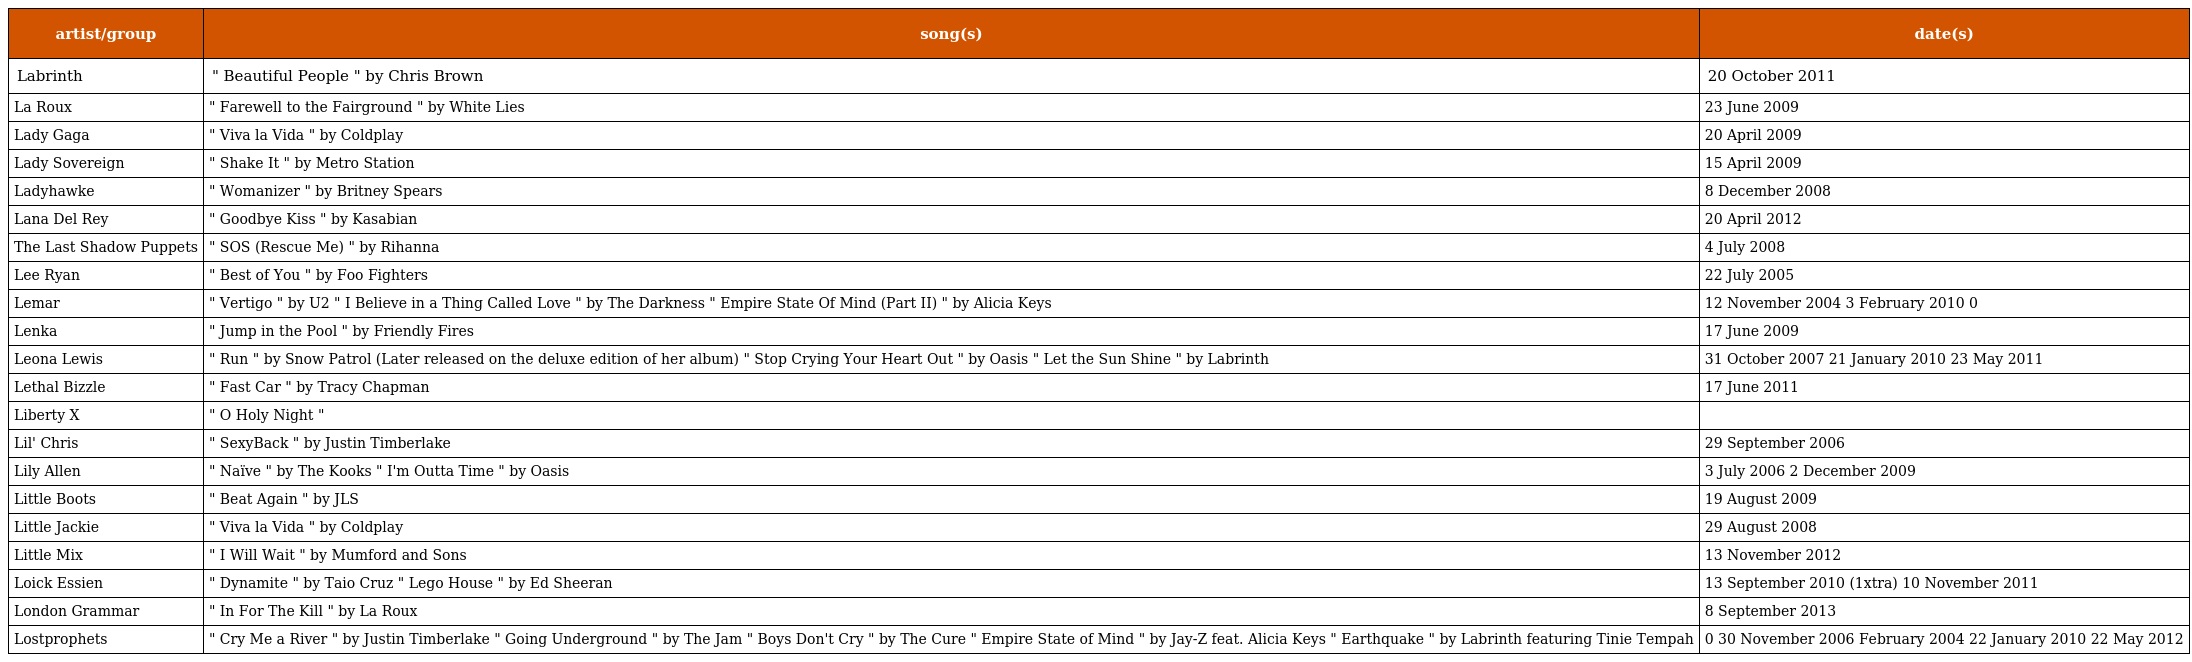
| artist/group | song(s) | date(s) |
 | --- | --- | --- |
 | Labrinth | " Beautiful People " by Chris Brown | 20 October 2011 |
 | La Roux | " Farewell to the Fairground " by White Lies | 23 June 2009 |
 | Lady Gaga | " Viva la Vida " by Coldplay | 20 April 2009 |
 | Lady Sovereign | " Shake It " by Metro Station | 15 April 2009 |
 | Ladyhawke | " Womanizer " by Britney Spears | 8 December 2008 |
 | Lana Del Rey | " Goodbye Kiss " by Kasabian | 20 April 2012 |
 | The Last Shadow Puppets | " SOS (Rescue Me) " by Rihanna | 4 July 2008 |
 | Lee Ryan | " Best of You " by Foo Fighters | 22 July 2005 |
 | Lemar | " Vertigo " by U2 " I Believe in a Thing Called Love " by The Darkness " Empire State Of Mind (Part II) " by Alicia Keys | 12 November 2004 3 February 2010 0 |
 | Lenka | " Jump in the Pool " by Friendly Fires | 17 June 2009 |
 | Leona Lewis | " Run " by Snow Patrol (Later released on the deluxe edition of her album) " Stop Crying Your Heart Out " by Oasis " Let the Sun Shine " by Labrinth | 31 October 2007 21 January 2010 23 May 2011 |
 | Lethal Bizzle | " Fast Car " by Tracy Chapman | 17 June 2011 |
 | Liberty X | " O Holy Night " |  |
 | Lil' Chris | " SexyBack " by Justin Timberlake | 29 September 2006 |
 | Lily Allen | " Naïve " by The Kooks " I'm Outta Time " by Oasis | 3 July 2006 2 December 2009 |
 | Little Boots | " Beat Again " by JLS | 19 August 2009 |
 | Little Jackie | " Viva la Vida " by Coldplay | 29 August 2008 |
 | Little Mix | " I Will Wait " by Mumford and Sons | 13 November 2012 |
 | Loick Essien | " Dynamite " by Taio Cruz " Lego House " by Ed Sheeran | 13 September 2010 (1xtra) 10 November 2011 |
 | London Grammar | " In For The Kill " by La Roux | 8 September 2013 |
 | Lostprophets | " Cry Me a River " by Justin Timberlake " Going Underground " by The Jam " Boys Don't Cry " by The Cure " Empire State of Mind " by Jay-Z feat. Alicia Keys " Earthquake " by Labrinth featuring Tinie Tempah | 0 30 November 2006 February 2004 22 January 2010 22 May 2012 |